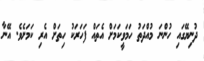
ދުނިޔޭގައި ހުންނަ މުއްދަތު ހަމަވީކަމަށް އެތައް ފަހަރަކު ހިތަށް އެރި ކަމަށެވެ. އޭނާ